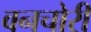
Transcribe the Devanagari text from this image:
वनचोरी